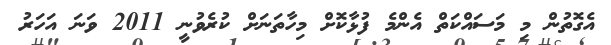
އެގޮތުން މި މަސައްކަތް އެންމެ ފުޅާކޮށް މިހާތަނަށް ކުރެވުނީ 2011 ވަނަ އަހަރު